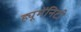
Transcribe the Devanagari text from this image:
ह्यूमेंनिटी